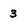
Character: 3